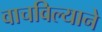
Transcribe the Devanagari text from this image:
वाचविल्याने